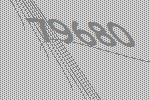
79680